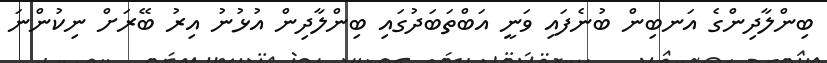
ބިންލާދިންގެ އަނބިން ބުނެފައި ވަނީ އަބްތަބަދުގައި ބިންލާދިން އުޅުނު އިރު ބޭރަށް ނިކުންނަ